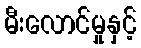
မီးလောင်မှုနှင့်